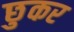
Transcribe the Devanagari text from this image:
छुकर